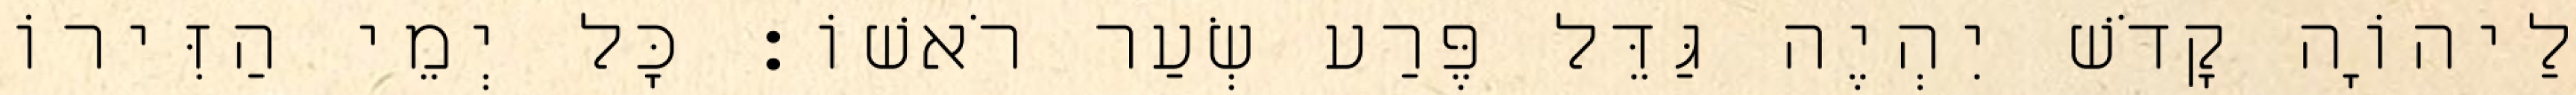
לַיהוָֹה קָדֹשׁ יִהְיֶה גַּדֵּל פֶּרַע שְׂעַר רֹאשׁוֹ׃ כָּל יְמֵי הַזִּירוֹ